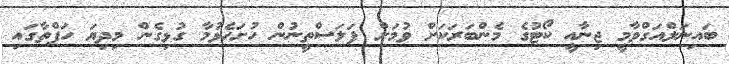
ބައިނަލްއަގްވާމީ ޖިނާއީ ކޯޓުގެ މެންބަރަކަށް ވުމަށް ފަލަސްތީނުން ހުށަހެޅުމާ ގުޅިގެން މިދިޔަ ހަފްތާގައި